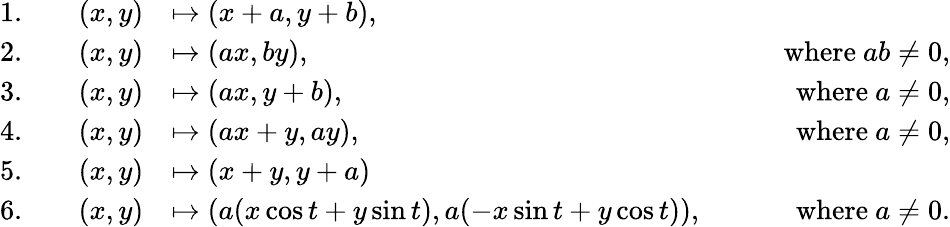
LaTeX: {\begin{array}{rlrlr}{{\mathrm{1.}}}&{}&{(x,y)}&{\mapsto(x+a,y+b),}\\ {{\mathrm{2.}}}&{}&{(x,y)}&{\mapsto(ax,by),}&{\qquad{\mathrm{where~}}ab\neq 0,}\\ {{\mathrm{3.}}}&{}&{(x,y)}&{\mapsto(ax,y+b),}&{\qquad{\mathrm{where~}}a\neq 0,}\\ {{\mathrm{4.}}}&{}&{(x,y)}&{\mapsto(ax+y,ay),}&{\qquad{\mathrm{where~}}a\neq 0,}\\ {{\mathrm{5.}}}&{}&{(x,y)}&{\mapsto(x+y,y+a)}\\ {{\mathrm{6.}}}&{}&{(x,y)}&{\mapsto(a(x\cos t+y\sin t),a(-x\sin t+y\cos t)),}&{\qquad{\mathrm{where~}}a\neq 0.}\end{array}}